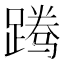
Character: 𬧃